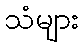
သံများ